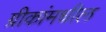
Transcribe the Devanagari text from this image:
ग्रीकांमधील